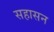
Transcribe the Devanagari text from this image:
सहासन